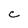
Character: C